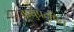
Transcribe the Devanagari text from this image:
वायुप्रदूषित